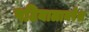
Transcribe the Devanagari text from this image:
पटियालानरेश